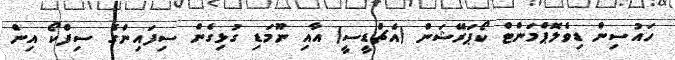
ހައުސިން ޑިވެލޮޕްމަންޓް ކޯޕަރޭޝަން (އެޗްޑީސީ) އާއި ނޫމަޑި ގުޅިގެން ސިފައިންގެ ސިފްކޯ އިން